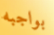
بواجبه